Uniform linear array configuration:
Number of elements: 16
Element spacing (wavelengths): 0.5
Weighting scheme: uniform
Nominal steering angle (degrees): -45
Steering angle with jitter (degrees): -46.787
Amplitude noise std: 0.05
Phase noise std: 0.05

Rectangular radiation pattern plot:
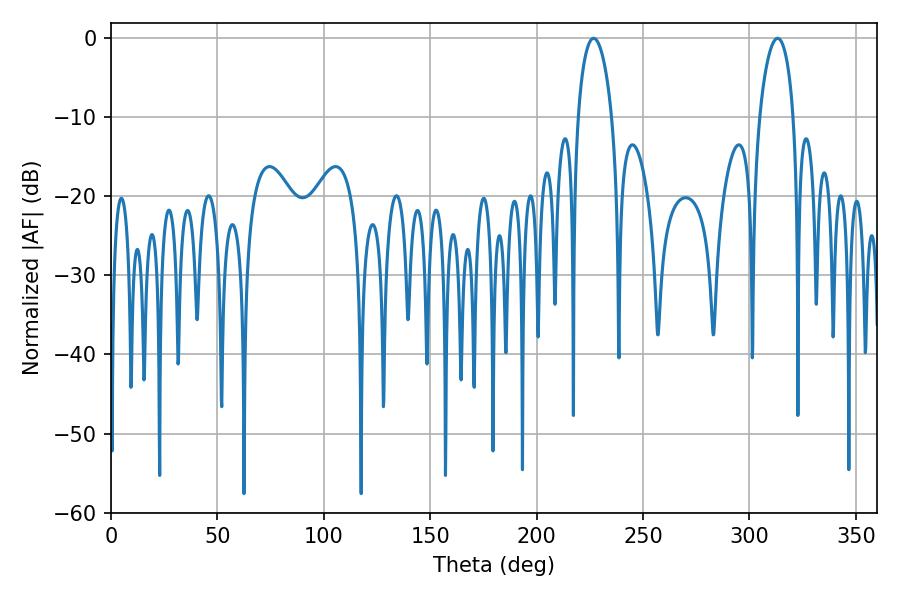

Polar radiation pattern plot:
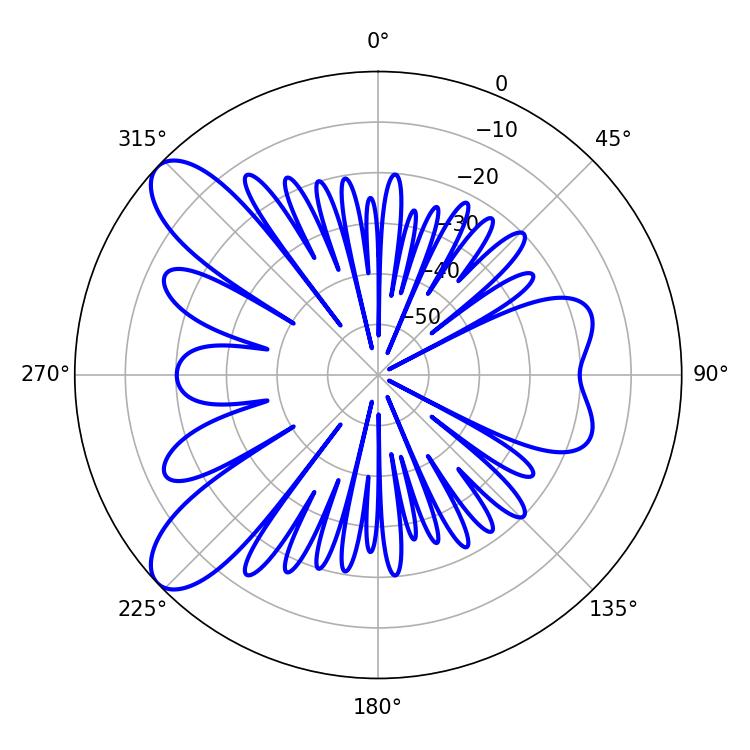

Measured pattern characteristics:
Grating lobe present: FALSE
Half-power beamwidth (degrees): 9
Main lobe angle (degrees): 226.8